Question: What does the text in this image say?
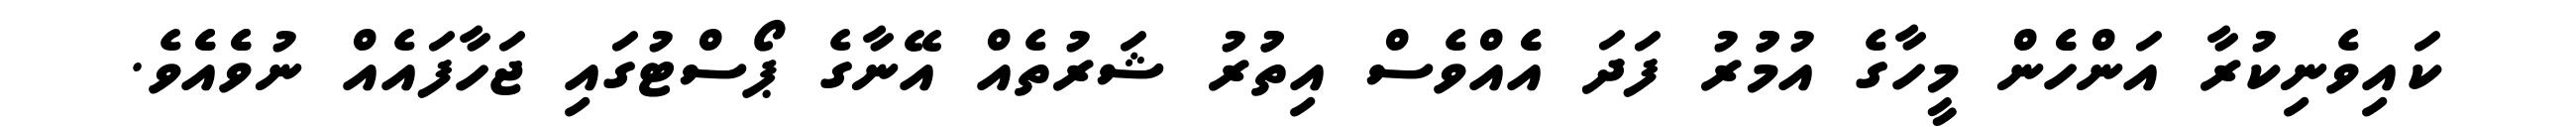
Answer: ކައިވެނިކުރާ އަންހެެން މީހާގެ އުމުުރު ފަދަ އެެއްވެސް އިތުުރު ޝަރުތެއް އޭނާގެ ޕޯސްޓުގައި ޖަހާފައެއް ނުވެެއެެވެ.